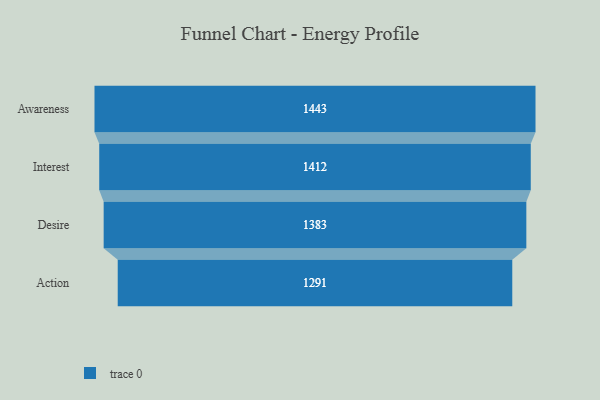
{"axis": {"x": "Stage", "y": "Value"}, "legend": [""], "data": [{"x": "Awareness", "y": 1443.0, "type": ""}, {"x": "Interest", "y": 1412.0, "type": ""}, {"x": "Desire", "y": 1383.0, "type": ""}, {"x": "Action", "y": 1291.0, "type": ""}]}